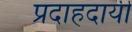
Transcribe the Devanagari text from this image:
प्रदाहदायी